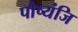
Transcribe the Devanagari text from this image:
पौष्यंजि